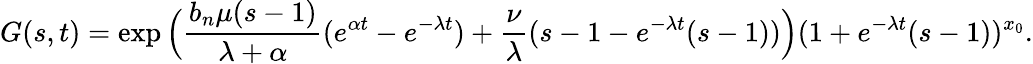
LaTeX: G(s,t)=\exp\Big(\frac{b_{n}\mu(s-1)}{\lambda+\alpha}(e^{\alpha t}-e^{-\lambda t})+\frac{\nu}{\lambda}(s-1-e^{-\lambda t}(s-1))\Big)(1+e^{-\lambda t}(s-1))^{x_{0}}.